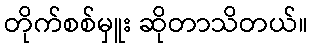
တိုက်စစ်မှူး ဆိုတာသိတယ်။